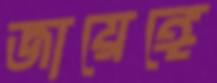
জায়েঙ্গে